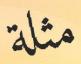
مثلة